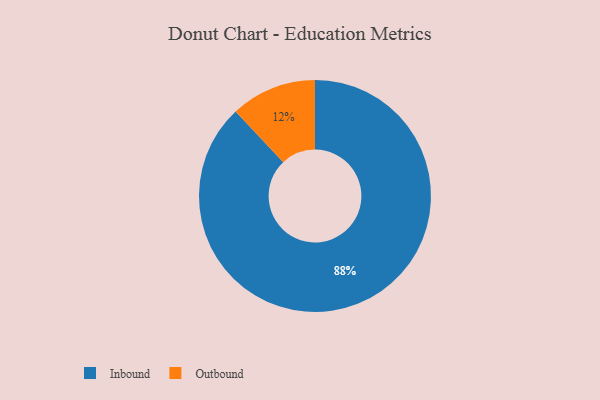
{"axis": {"x": "Category", "y": "Percentage"}, "legend": ["Inbound", "Outbound"], "data": [{"x": "Inbound", "y": 88, "type": "Inbound"}, {"x": "Outbound", "y": 12, "type": "Outbound"}]}